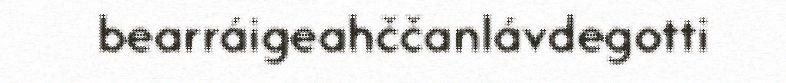
bearráigeahččanlávdegotti